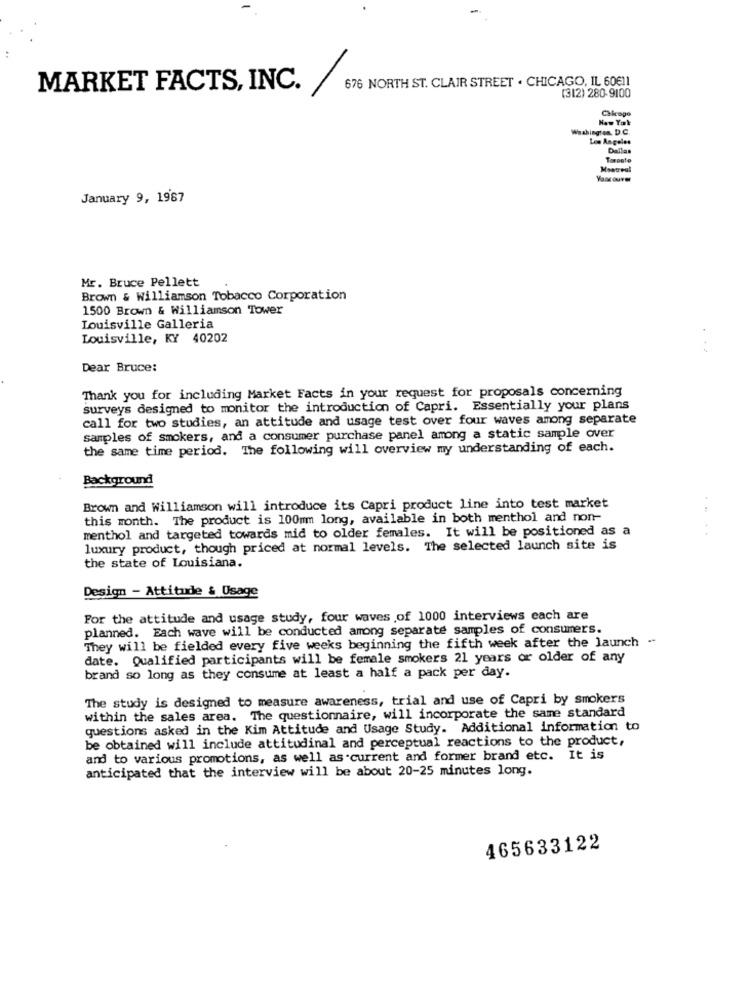
676 NORTH ST. CLAIR STREET . CHICAGO, IL 60€11
MARKET FACTS, INC.
(312) 280-9100
Washington. D.C.
Los Angeles
Dallas
Montreal
January 9, 1987
Mr. Bruce Pellett
Brown & Williamson Tobacco Corporation
1500 Brown & Williamson Tower
Louisville Galleria
Louisville, KY 40202
Dear Bruce:
Thank you for including Market Facts in your request for proposals concerning
surveys designed to monitor the introduction of Capri. Essentially your plans
call for two studies, an attitude and usage test over four waves among separate
samples of smokers, and a consumer purchase panel among a static sample over
the same time period. The following will overview my understanding of each.
Background
Brown and Williamson will introduce its Capri product line into test market
...
this month. The product is 100mm long, available in both menthol and non-
menthol and targeted towards mid to older females. It will be positioned as a
luxury product, though priced at normal levels. The selected launch site is
the state of Louisiana.
Design - Attitude & Usage
For the attitude and usage study, four waves of 1000 interviews each are
planned. Each wave will be conducted among separate samples of consumers.
They will be fielded every five weeks beginning the fifth week after the launch -
date. Qualified participants will be female smokers 21 years or older of any
brand so long as they consume at least a half a pack per day.
The study is designed to measure awareness, trial and use of Capri by smokers
within the sales area. The questionnaire, will incorporate the same standard
questions asked in the Kim Attitude and Usage Study. Additional information to
be obtained will include attitudinal and perceptual reactions to the product,
and to various promotions, as well as current and former brand etc. It is
anticipated that the interview will be about 20-25 minutes long.
465633122